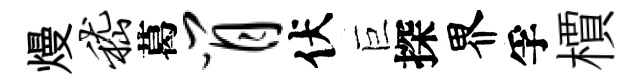
熳嵇葛肖伏巨探界孚檟